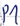
Text: P1